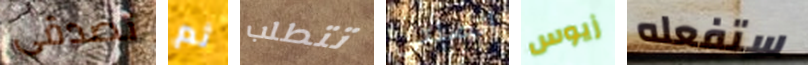
تصدقى ثم تتطلب اتصلتي زيوس ستفعله